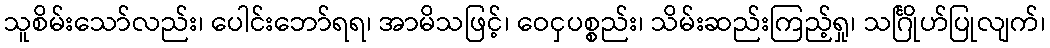
သူစိမ်းသော်လည်း၊ ပေါင်းဘော်ရရ၊ အာမိသဖြင့်၊ ဝေငှပစ္စည်း၊ သိမ်းဆည်းကြည့်ရှု၊ သင်္ဂြိုဟ်ပြုလျက်၊